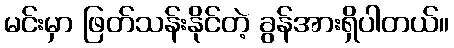
မင်းမှာ ဖြတ်သန်းနိုင်တဲ့ ခွန်အားရှိပါတယ်။